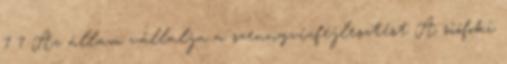
7 7 Az állam vállalja a szennyvízfejlesztést A siófoki